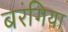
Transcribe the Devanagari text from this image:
बरंगिया